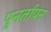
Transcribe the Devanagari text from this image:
पुनर्तापन